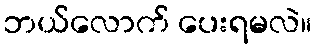
ဘယ်လောက် ပေးရမလဲ။